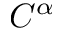
C ^ { \alpha }